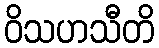
ဝိသဟသီတိ